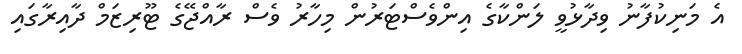
އެ މަނިކުފާނު ވިދާޅުވީ ލަންކާގެ އިންވެސްޓަރުން މިހާރު ވެސް ރާއްޖޭގެ ޓޫރިޒަމް ދާއިރާގައި